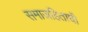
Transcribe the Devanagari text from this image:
समाजहिताची